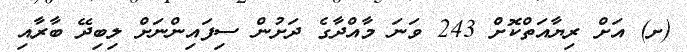
(ށ) އަށް ރިޔާއަތްކޮށް 243 ވަނަ މާއްދާގެ ދަށުން ސިފައިންނަށް ލިބިދޭ ބާރާއި